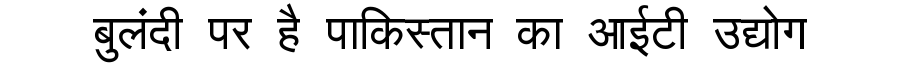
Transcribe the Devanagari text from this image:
बुलंदी पर है पाकिस्तान का आईटी उद्योग